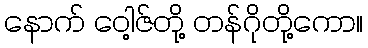
နောက် ဝေါ့ဇ်တို့ တန်ဂိုတို့ကော။